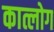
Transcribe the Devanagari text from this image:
कात्लोग